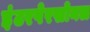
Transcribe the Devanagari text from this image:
इंटरपेरसोनल